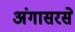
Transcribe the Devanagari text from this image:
अंगासरसे